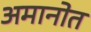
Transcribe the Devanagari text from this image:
अमानोत